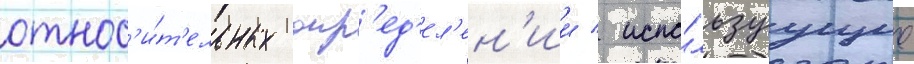
относ'и́т'ельных опр'ед'ел'ен'ии / испо́льзуущие